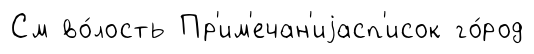
См во́лость Пр'им'ечан'иjасп'исок го́род